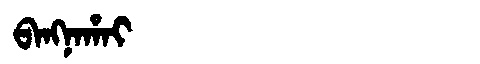
Manchu: ᠪᠠᠩᠨᠠᡥᠠᡳ
Romanization: BANGNAHAI